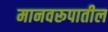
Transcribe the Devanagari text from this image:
मानवरूपातील